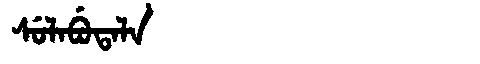
Manchu: ᠰᡠᠯᠠᠪᡠᡨᠠᠯᠠ
Romanization: SULABUTALA